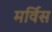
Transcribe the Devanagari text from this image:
मर्विस